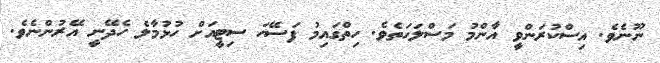
ނޫނެވެ. އިސްކުރަންވީ އާންމު މަސްލަހަތެވެ. ހިތްގައިމު ފަސޭހަ ސިޓީއަށް ހުޅުމާލެ ހެދޭނީ އޭރުންނެވެ.